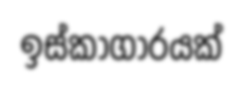
ඉස්කාගාරයක්